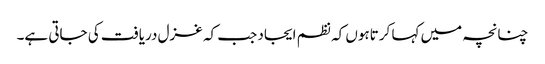
چنانچہ میں کہا کرتاہوں کہ نظم ایجاد جب کہ غزل دریافت کی جاتی ہے۔